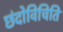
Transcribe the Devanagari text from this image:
छंदोविचिति